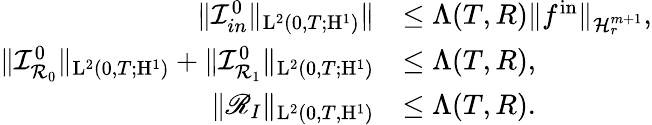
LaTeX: \begin{array}{rl}{\Vert\mathcal{I}_{in}^{0}\Vert_{\mathrm{L}^{2}(0,T;\mathrm{H}^{1})}\Vert}&{\leq\Lambda(T,R)\Vert f^{\mathrm{in}}\Vert_{\mathcal{H}_{r}^{m+1}},}\\ {\Vert\mathcal{I}_{\mathcal{R}_{0}}^{0}\Vert_{\mathrm{L}^{2}(0,T;\mathrm{H}^{1})}+\Vert\mathcal{I}_{\mathcal{R}_{1}}^{0}\Vert_{\mathrm{L}^{2}(0,T;\mathrm{H}^{1})}}&{\leq\Lambda(T,R),}\\ {\Vert\mathscr{R}_{I}\Vert_{\mathrm{L}^{2}(0,T,\mathrm{H}^{1})}}&{\leq\Lambda(T,R).}\end{array}